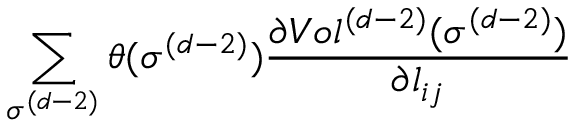
\sum _ { \sigma ^ { ( d - 2 ) } } \theta ( \sigma ^ { ( d - 2 ) } ) \frac { \partial V o l ^ { ( d - 2 ) } ( \sigma ^ { ( d - 2 ) } ) } { \partial l _ { i j } }